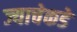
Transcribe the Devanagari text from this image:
ज्याचेकडे